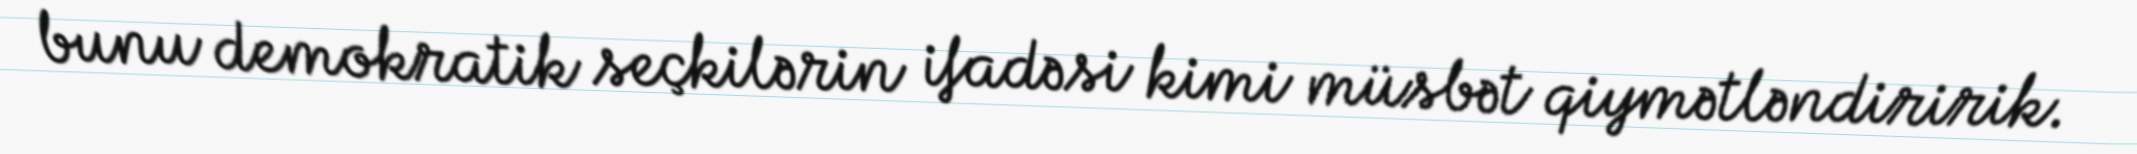
bunu demokratik seçkilərin ifadəsi kimi müsbət qiymətləndiririk.